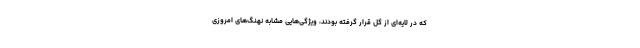
که در لایه‌ای از گل قرار گرفته بودند، ویژگی‌هایی مشابه نهنگ‌های امروزی